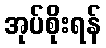
အုပ်စိုးရန်